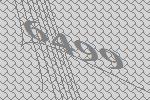
6499